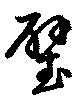
璧